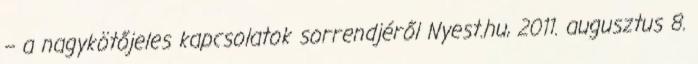
– a nagykötőjeles kapcsolatok sorrendjéről Nyest.hu, 2011. augusztus 8.